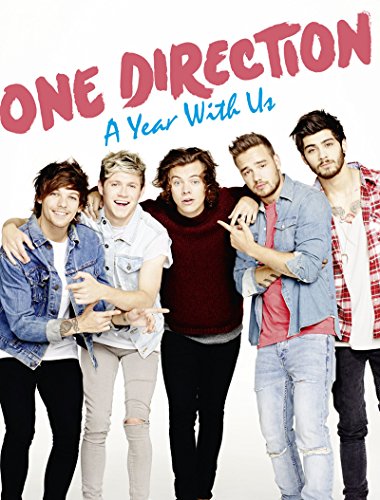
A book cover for One Direction: A Year With Us; One Direction; Children's Books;